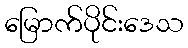
မြောက်ပိုင်းဒေသ